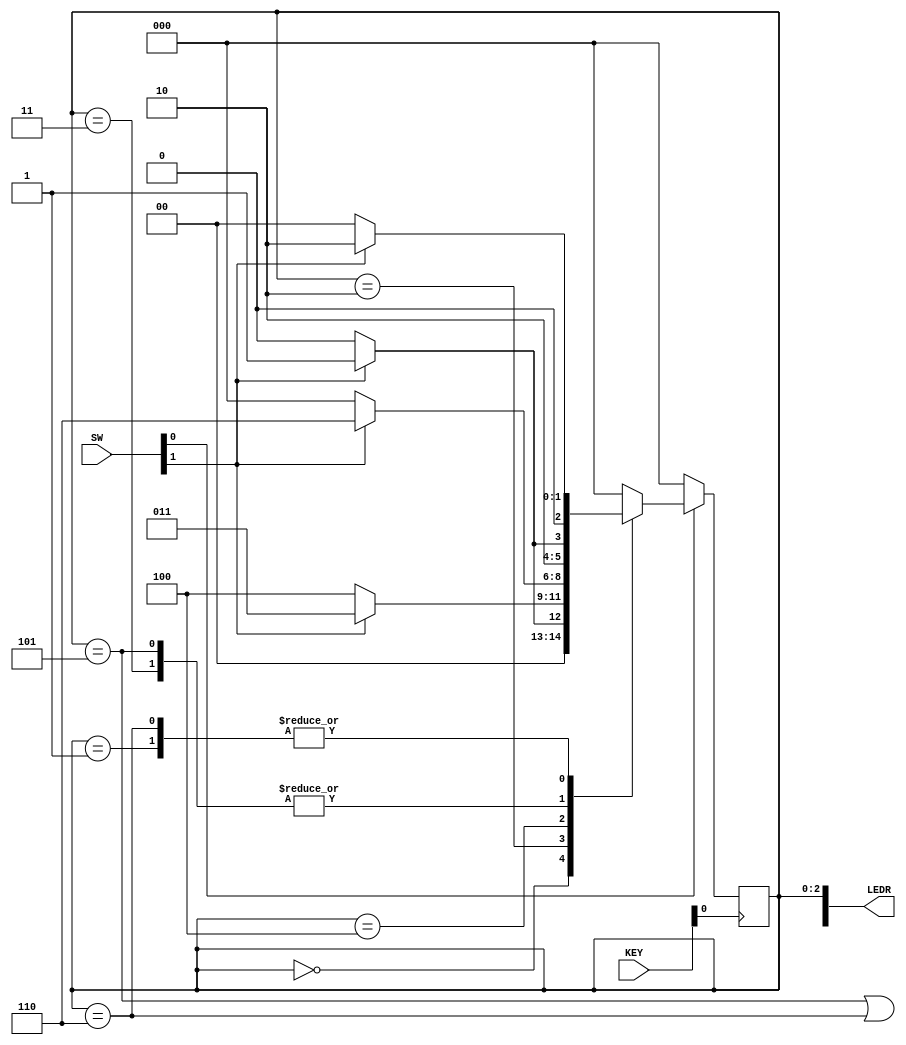
// SW[0]:       reset signal
// SW[1]:       input signal (w)

// KEY[0]:      clock

// LEDR[2:0]:   current state
// LEDR[9]:     output (z)

module sequence_detector(SW, KEY, LEDR);
    input [9:0] SW;
    input [3:0] KEY;
    output [9:0] LEDR;

    wire w, clock, resetn, z;
    
    reg [2:0] y_Q, Y_D; // y_Q represents current state, Y_D represents next state

    localparam A = 3'b000, B = 3'b001, C = 3'b010, D = 3'b011, E = 3'b100, F = 3'b101, G = 3'b110;
    
    // Connect inputs and outputs to internal wires
    assign w = SW[1];
    assign clock = ~KEY[0];
    assign resetn = SW[0];
    assign LEDR[9] = z;
    assign LEDR[2:0] = y_Q;

    // State table
    // The state table should only contain the logic for state transitions
    // Do not mix in any output logic.  The output logic should be handled separately.
    // This will make it easier to read, modify and debug the code.
    always @(*)
    begin   // Start of state_table
        case (y_Q)
            A: begin
                   if (!w) Y_D = A;
                   else Y_D = B;
               end
            B: begin
                   if(!w) Y_D = A;
                   else Y_D = C;
               end
            C: begin
				   if(!w) Y_D = E;
				   else Y_D = D;
			   end
            D: begin
				   if(!w) Y_D = E;
				   else Y_D = F;
			   end
            E: begin
				   if(!w) Y_D = A;
				   else Y_D = G;
			   end
            F: begin
				   if(!w) Y_D = E;
				   else Y_D = F;
			   end
            G: begin
				   if(!w) Y_D = A;
				   else Y_D = C;
			   end
            default: Y_D = A;
        endcase
    end     // End of state_table

    // State Register (i.e., FFs)
    always @(posedge clock)
    begin   // Start of state_FFs (state register)
        if(resetn == 1'b0)
            y_Q <= A;
        else
            y_Q <= Y_D;
    end     // End of state_FFs (state register)

    // Output logic
    // Set z to 1 to turn on LED when in relevant states
    assign z = ((y_Q == F) || (y_Q == G));
endmodule